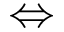
\Leftrightarrow